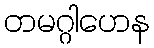
တမဂ္ဂါဟေန